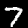
Label: 7